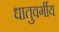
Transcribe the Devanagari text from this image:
धातुवर्गीय